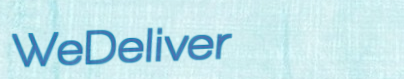
WeDeliver